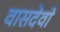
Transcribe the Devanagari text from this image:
वासदेवो